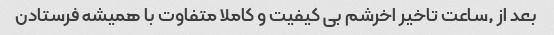
بعد از ٫ساعت تاخیر اخرشم بی کیفیت و کاملا متفاوت با همیشه فرستادن